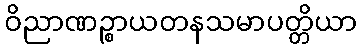
ဝိညာဏဉ္စာယတနသမာပတ္တိယာ